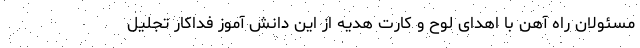
مسئولان راه آهن با اهدای لوح و کارت هدیه از این دانش آموز فداکار تجلیل